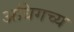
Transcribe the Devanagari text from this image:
अधिगच्य